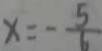
x = - \frac { 5 } { 6 }